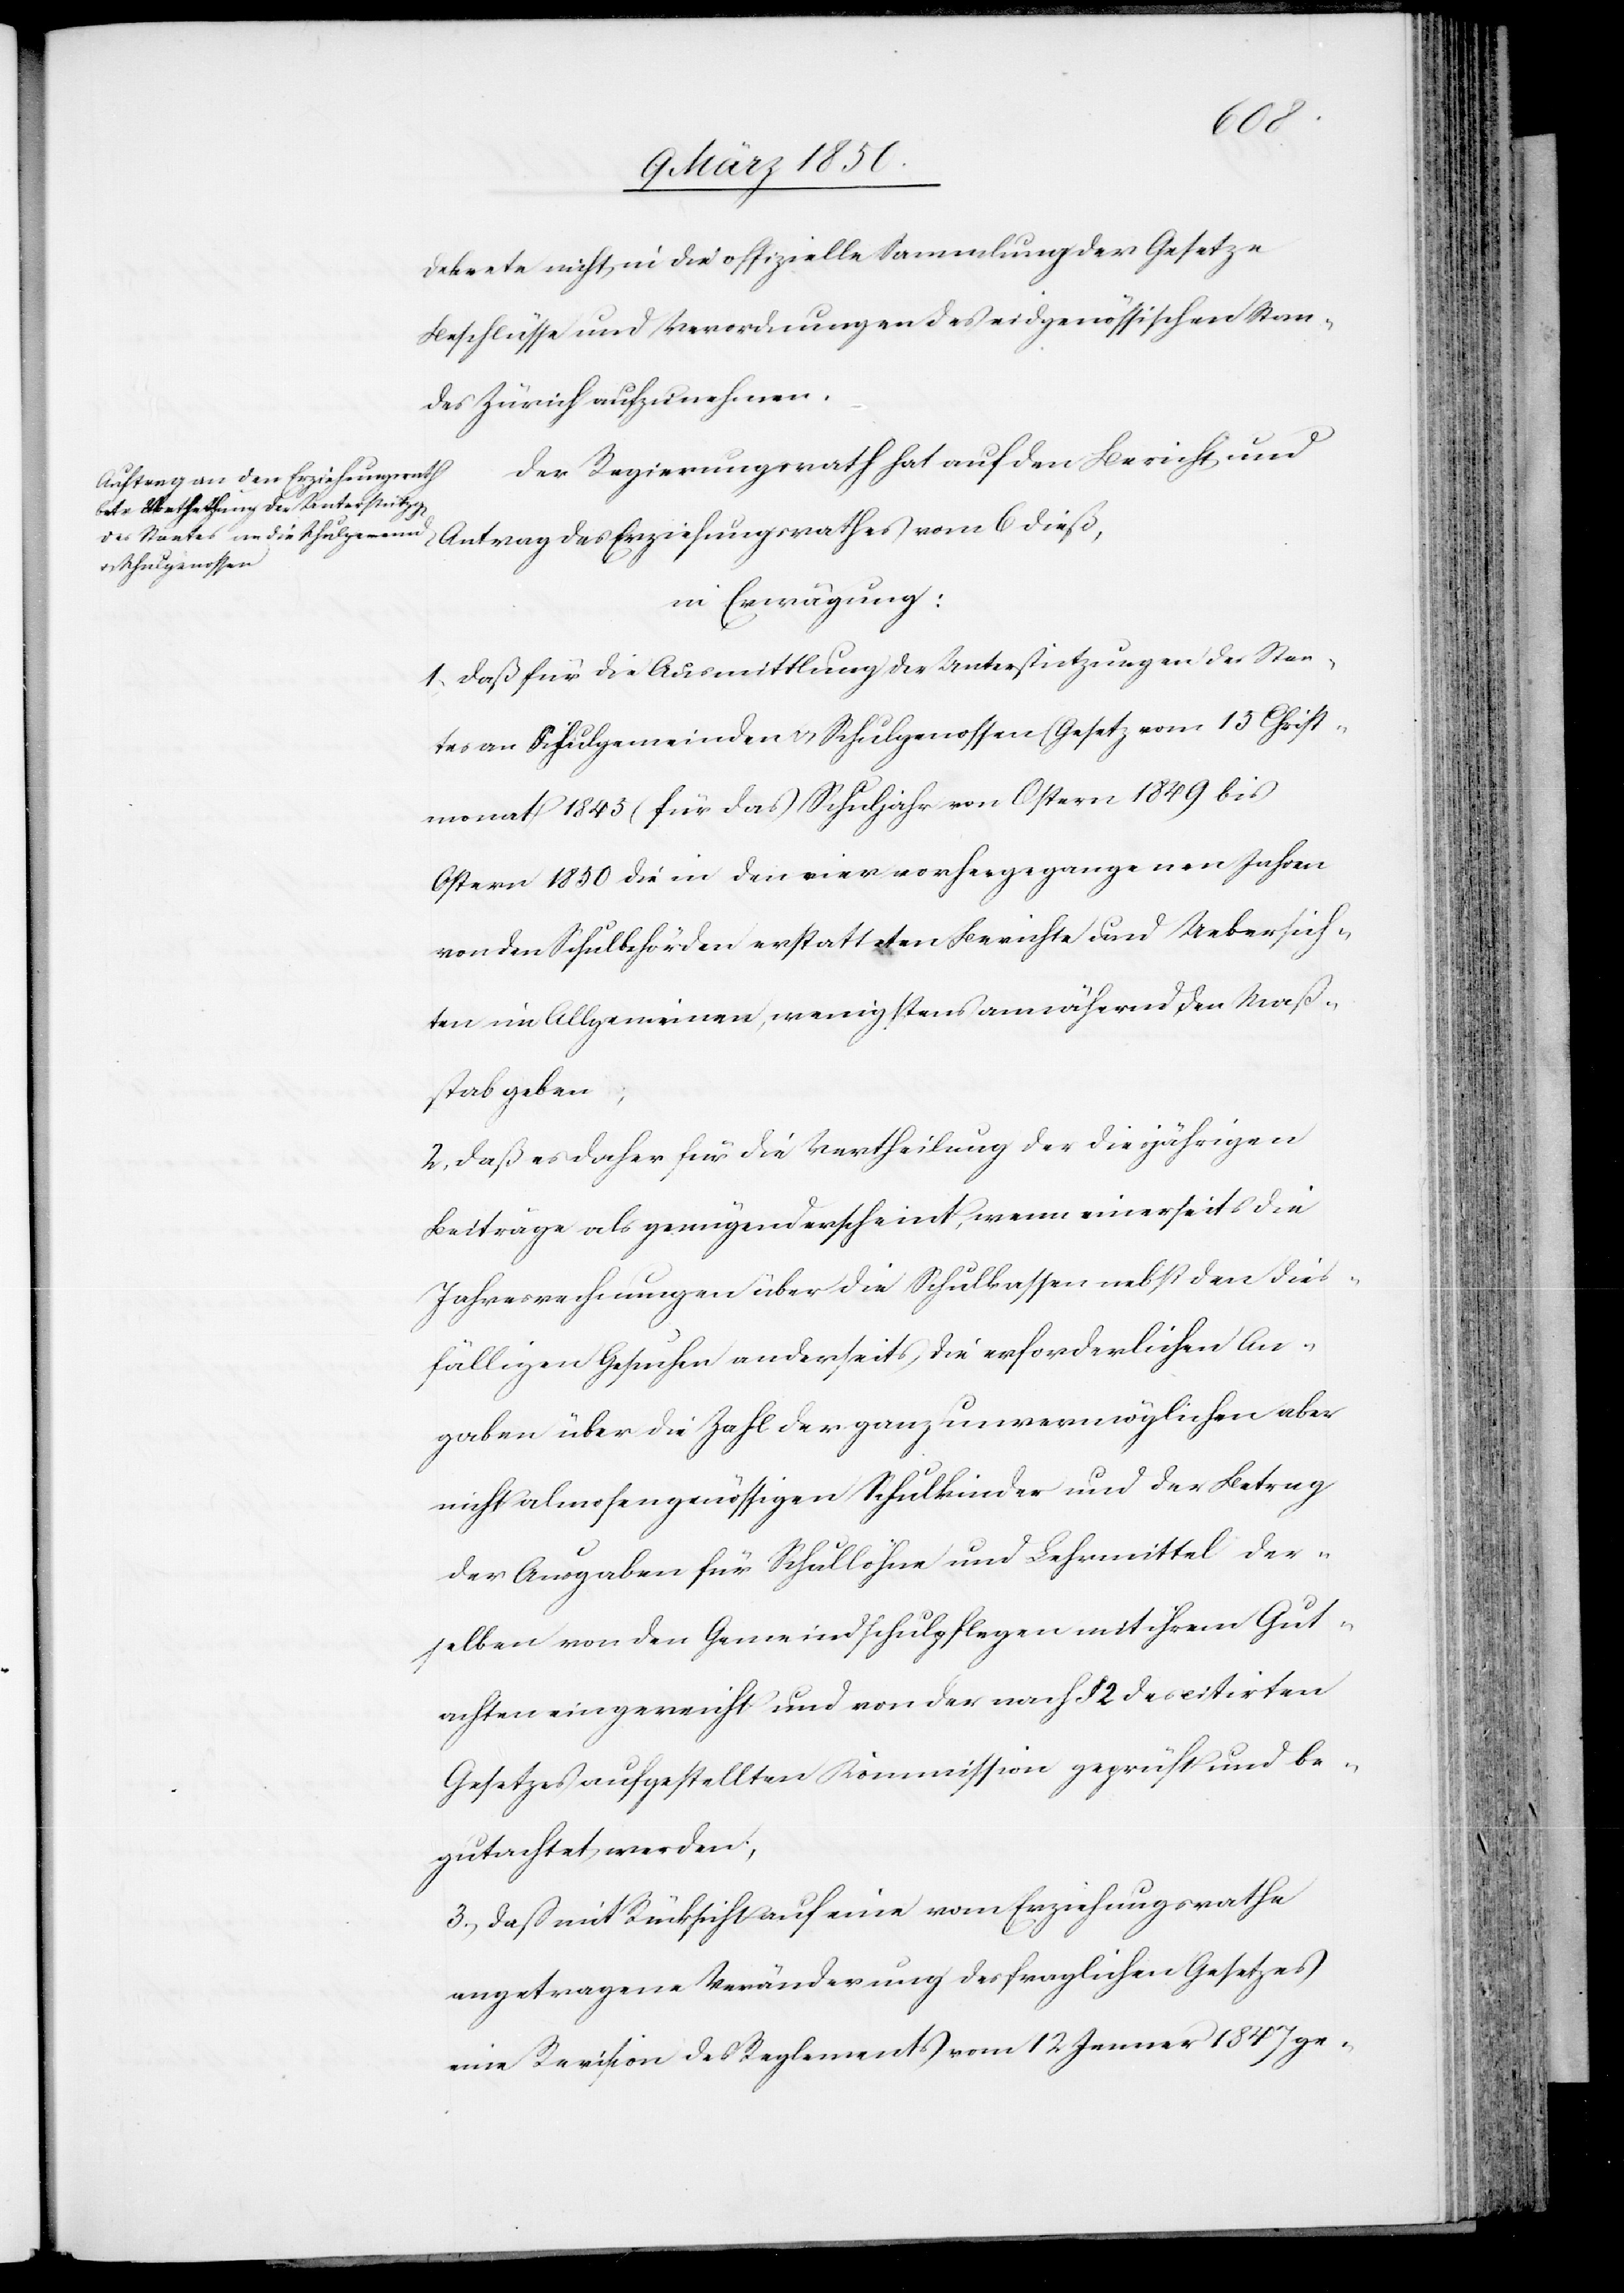
bis
Dekrete nicht in die offizielle Sammlung der Gesetze[,]
Beschlüsse und Verordnungen des eidgenössischen Stan¬
des Zürich aufzunehmen.
Der Regierungsrath hat auf den Bericht und
Antrag des Erziehungsrathes
in Erwägung:
1. Daß für die Ausmittlung der Unterstützungen des Staa¬
tes an Schulgemeinden u. Schulgenossen (Gesetz vom 15 Christ¬
Ostern 1850 die in den vier vorhergegangenen Jahren
von den Schulbehörden erstatteten Berichte und Uebersich¬
ten im Allgemeinen, wenigstens annähernd den Maß¬
stab geben;
2. Daß es daher für die Vertheilung der diesjährigen
Beiträge als genügend erscheint, wenn einerseits die
Jahresrechnungen über die Schulkassen nebst den dies¬
fälligen Gesuchen anderseits die erforderlichen An¬
gaben über die Zahl der ganz unvermöglichen aber
nicht almosengenössigen Schulkinder und der Betrag
der Ausgaben für Schullöhne und Lehrmittel der¬
selben von den Gemeindschulpflegen mit ihrem Gut¬
achten eingereicht und von der nach § 2 des citirten
Gesetzes aufgestellten Kommission geprüft und be¬
gutachtet werden;
3. Daß mit Rücksicht auf eine vom Erziehungsrathe
angetragene Veränderung des fraglichen Gesetzes
eine Revision des Reglements vom 12 Jenner 1847 ge-